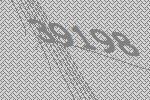
39198